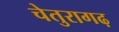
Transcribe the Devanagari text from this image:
चेतुरागढ़